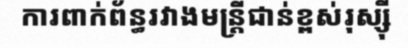
ការពាក់ព័ន្ធរវាងមន្ត្រីជាន់ខ្ពស់រុស្ស៊ី